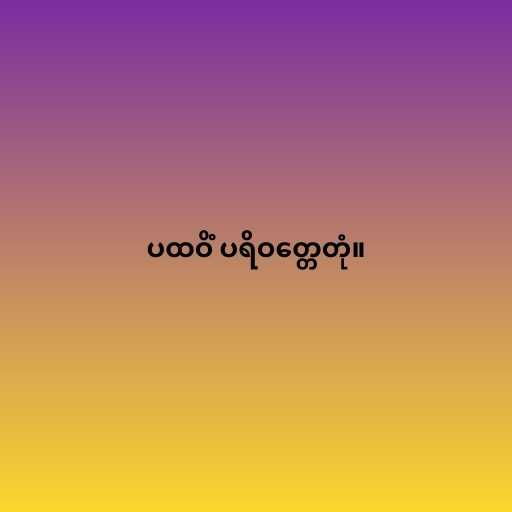
ပထဝိံ ပရိဝတ္တေတုံ။